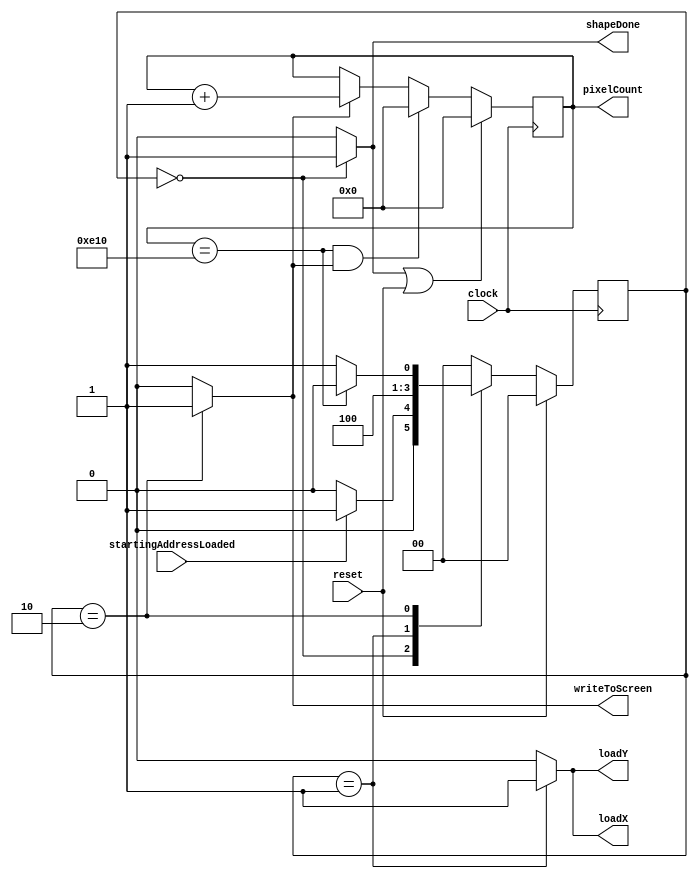
module FSM3 (input clock, reset, startingAddressLoaded,
                     output reg shapeDone, loadX, loadY, writeToScreen,
                     output reg [14:0] pixelCount);
  reg [1:0] currentState, nextState;

  reg pixelCounterIncrement, clearPixelCounter;
  
  localparam state_idle       = 2'b00,
             state_loadPoint  = 2'b01,
             state_writePoint = 2'b10;

  always@(*)
    begin: state_table
        case(currentState)
        state_idle: nextState = startingAddressLoaded ? state_loadPoint : state_idle;
        state_loadPoint: nextState = state_writePoint;
        state_writePoint: nextState = pixelCount == 15'b000111000010000 /*15'd4*/ ? state_idle : state_loadPoint;
        default: nextState = state_idle;
        endcase
  end

  always@(*)
    begin: enable_signals
      loadX = 1'b0;
      loadY = 1'b0;
      writeToScreen = 1'b0;
      pixelCounterIncrement = 1'b0;
		clearPixelCounter = 1'b0;
		shapeDone = 1'b0;

    case(currentState)
      state_idle:begin
        shapeDone = 1'b1;
		  clearPixelCounter = 1'b1;
        end
      state_loadPoint: begin
        loadX = 1'b1;
        loadY = 1'b1;
        end
      state_writePoint: begin
        writeToScreen = 1'b1;
        pixelCounterIncrement = 1'b1;
		  end
    endcase
  end

  //pixelCount maxVal 3600 : 111000010000
  always@(posedge clock) begin
    if(clearPixelCounter || reset) pixelCount = 15'd0;
    else if (pixelCount == 15'b000111000010000 /*15'd4 */ & pixelCounterIncrement) pixelCount = 15'd0;
	 else if(pixelCounterIncrement) pixelCount = pixelCount + 1;
  end
  
  always@(posedge clock)
  begin: state_FFs
	if (reset) currentState = state_idle;
	else begin
		currentState <= nextState;
	end
end

endmodule